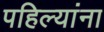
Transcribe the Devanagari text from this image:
पहिल्यांना